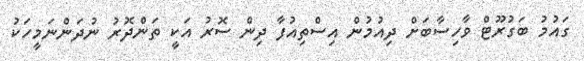
ގައުމު ބަގުރޫޓް ވާހިސާބަށް ދިއުމުން އިސްތިއުފާ ދިން ސޮރު އަކީ ތަންދޮރު ނުދަންނަމީހަކު